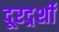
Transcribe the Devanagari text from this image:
दूरदर्र्शी